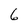
Character: 6